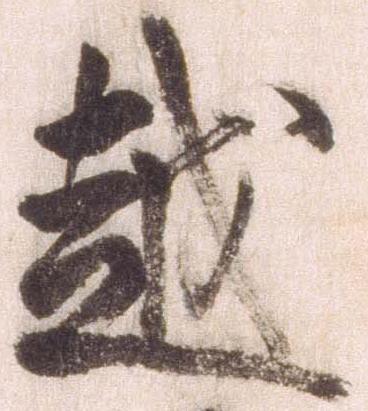
越